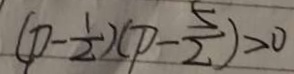
( p - \frac { 1 } { 2 } ) ( p - \frac { 5 } { 2 } ) > 0